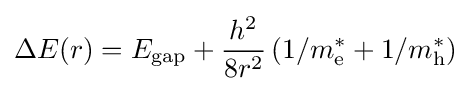
\Delta E(r)=E_{\mathrm {gap} }+{\frac {h^{2}}{8r^{2}}}\left(1/m_{\mathrm {e} }^{*}+1/m_{\mathrm {h} }^{*}\right)